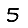
Digit: 5